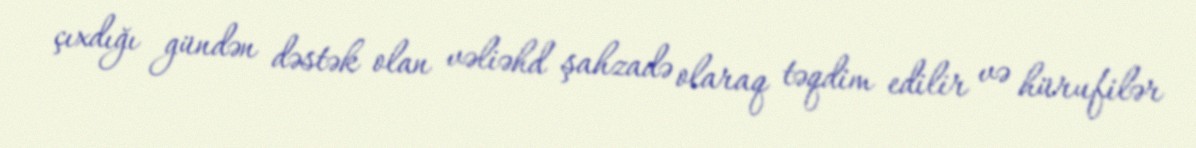
çıxdığı gündən dəstək olan vəliəhd şahzadə olaraq təqdim edilir və hürufilər